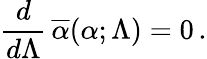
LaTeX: {\frac{d}{d\Lambda}}\, \overline{{\alpha}}(\alpha;\Lambda)=0\, .